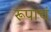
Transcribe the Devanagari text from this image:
रूपाचं